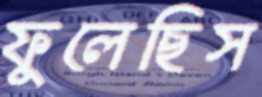
ফুলেছিস